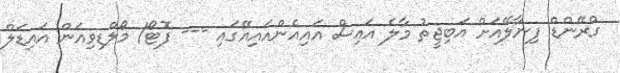
ގްރޭންޑް ފިނާލޭއަށް އަބިޖީތު މާލެ އައިސް އައިއެންއައިއޭގައި --- ފޮޓޯ/ މޯލްޑިވިއަން އައިޑަލް